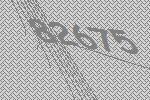
82675